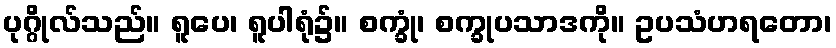
ပုဂ္ဂိုလ်သည်။ ရူပေ၊ ရူပါရုံ၌။ စက္ခုံ၊ စက္ခုပသာဒကို။ ဥပသံဟရတော၊